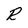
Character: R